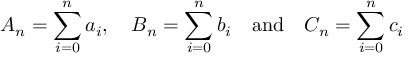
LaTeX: A _ { n } = \sum _ { i = 0 } ^ { n } a _ { i } , \quad B _ { n } = \sum _ { i = 0 } ^ { n } b _ { i } \quad { \mathrm { a n d } } \quad C _ { n } = \sum _ { i = 0 } ^ { n } c _ { i }